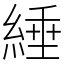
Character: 綞